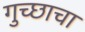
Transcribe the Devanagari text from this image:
गुच्छाचा